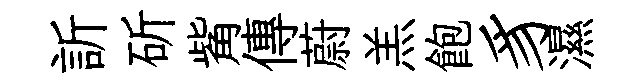
訢斫觜傳蔚羔飽豸濕